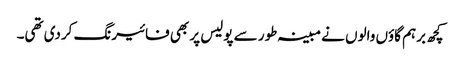
کچھ برہم گاؤں والوں نے مبینہ طور سے پولیس پر بھی فائیرنگ کردی تھی۔